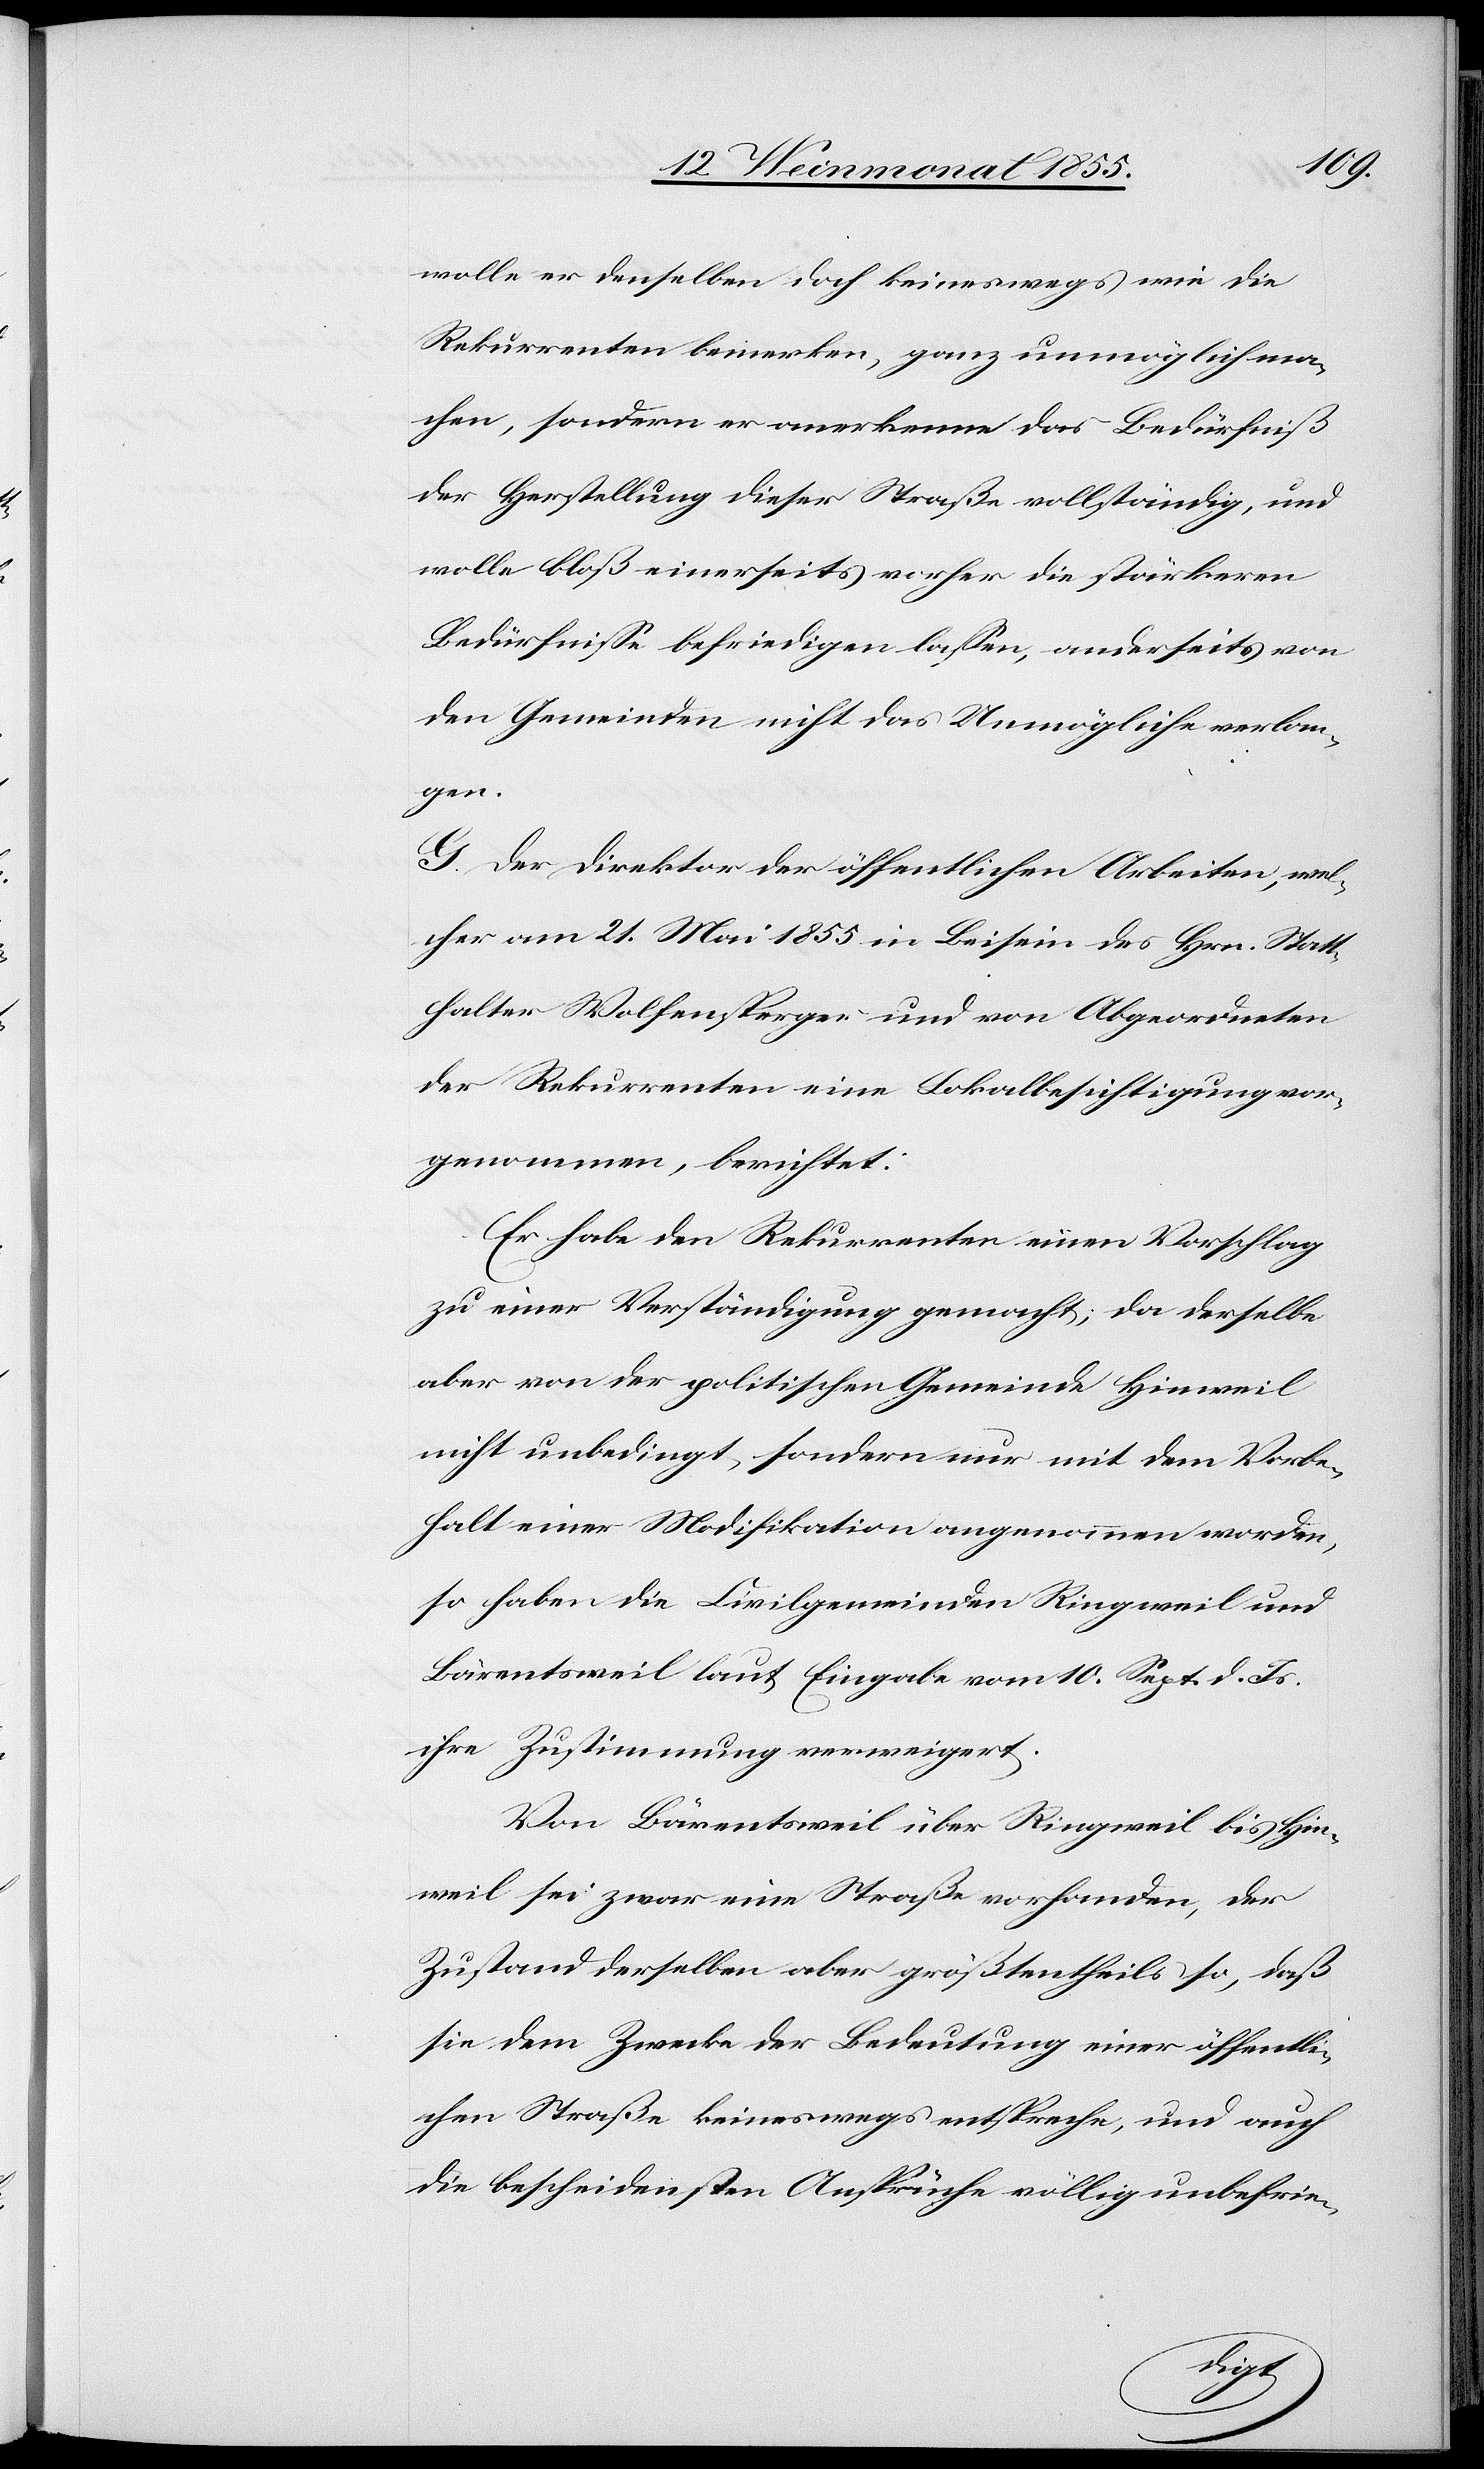
wolle er denselben doch keineswegs wie die
Rekurrenten bemerken, ganz unmöglich ma¬
chen, sondern er anerkenne das Bedürfniß
der Herstellung dieser Straße vollständig, und
wolle bloß einerseits vorher die stärkeren
Bedürfnisse befriedigen lassen, anderseits von
den Gemeinden nicht das Unmögliche verlan¬
gen.
G. Der Direktor der öffentlichen Arbeiten, wel¬
cher am 21. Mai 1855 in Beisein des Hrn. Statt¬
halter Wolfensperger und von Abgeordneten
der Rekurrenten eine Lokalbesichtigung vor¬
genommen, berichtet:
Er habe den Rekurrenten einen Vorschlag
zu einer Verständigung gemacht, da derselbe
aber von der politischen Gemeinde Hinweil
nicht unbedingt, sondern nur mit dem Vorbe¬
halt einer Modifikation angenommen worden,
so haben die Civilgemeinden Ringweil und
Bärentsweil laut Eingabe vom 10. Sept. d. Js.
ihre Zustimmung verweigert.
Von Bärentsweil über Ringweil bis Hin¬
weil sei zwar eine Straße vorhanden, der
Zustand derselben aber größtentheils so, daß
sie dem Zwecke der Bedeutung einer öffentli¬
chen Straße keineswegs entspreche, und auch
die bescheidensten Ansprüche völlig unbefrie-